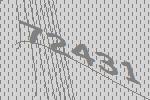
72431